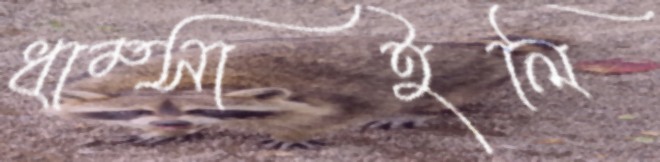
ধাম্‌সাইলি